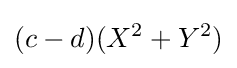
(c-d)(X^{2}+Y^{2})